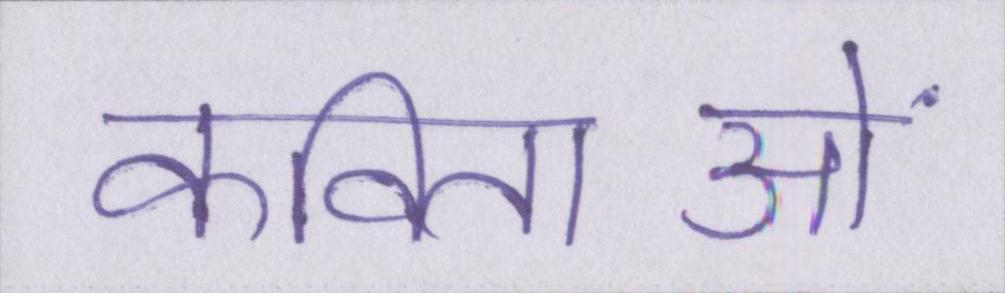
कविताओं